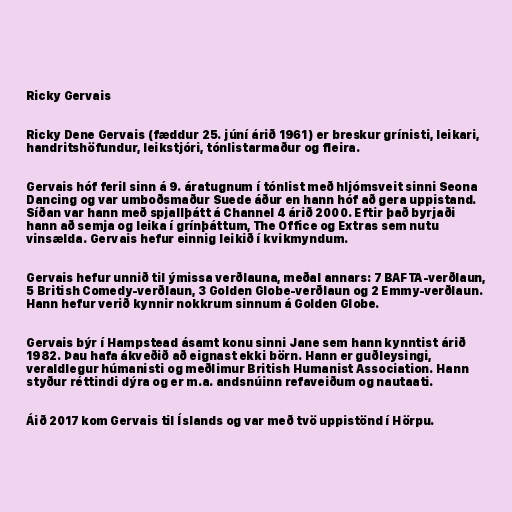
Ricky Gervais

Ricky Dene Gervais (fæddur 25. júní árið 1961) er breskur grínisti, leikari,
handritshöfundur, leikstjóri, tónlistarmaður og fleira.

Gervais hóf feril sinn á 9. áratugnum í tónlist með hljómsveit sinni Seona
Dancing og var umboðsmaður Suede áður en hann hóf að gera uppistand.
Síðan var hann með spjallþátt á Channel 4 árið 2000. Eftir það byrjaði
hann að semja og leika í grínþáttum, The Office og Extras sem nutu
vinsælda. Gervais hefur einnig leikið í kvikmyndum.

Gervais hefur unnið til ýmissa verðlauna, meðal annars: 7 BAFTA-verðlaun,
5 British Comedy-verðlaun, 3 Golden Globe-verðlaun og 2 Emmy-verðlaun.
Hann hefur verið kynnir nokkrum sinnum á Golden Globe.

Gervais býr í Hampstead ásamt konu sinni Jane sem hann kynntist árið
1982. Þau hafa ákveðið að eignast ekki börn. Hann er guðleysingi,
veraldlegur húmanisti og meðlimur British Humanist Association. Hann
styður réttindi dýra og er m.a. andsnúinn refaveiðum og nautaati.

Áið 2017 kom Gervais til Íslands og var með tvö uppistönd í Hörpu.